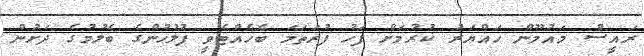
ރައީސް މައުމޫން ހައްޔަރު ކުރުމަށް ފަހު ފުރަތަމަ ބެހެއްޓެވީ ފުލުހުންގެ ބެލުމުގެ ދަށުން